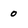
Character: 0